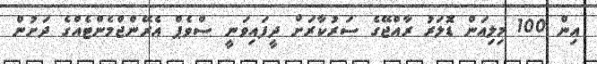
އިން 100 މިލިއަން ޑޮލަރު ރާއްޖޭގެ ސަރުކާރަށް ދީފައިވަނީ ސްވެޕް އެރޭންޖްމެންޓެއްގެ ދަށުން